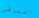
الباقي